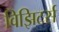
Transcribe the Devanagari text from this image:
विझिटर्स